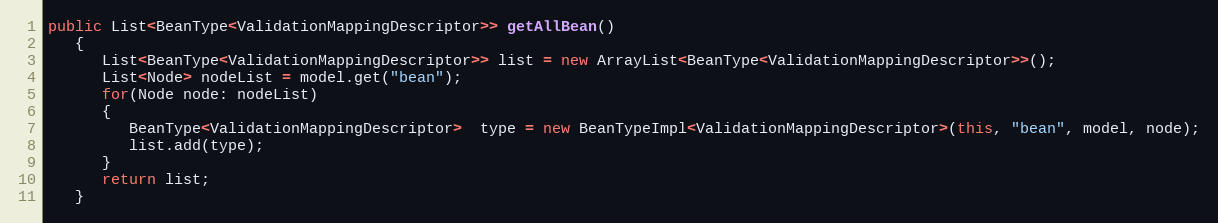
Language: Java
public List<BeanType<ValidationMappingDescriptor>> getAllBean()
   {
      List<BeanType<ValidationMappingDescriptor>> list = new ArrayList<BeanType<ValidationMappingDescriptor>>();
      List<Node> nodeList = model.get("bean");
      for(Node node: nodeList)
      {
         BeanType<ValidationMappingDescriptor>  type = new BeanTypeImpl<ValidationMappingDescriptor>(this, "bean", model, node);
         list.add(type);
      }
      return list;
   }